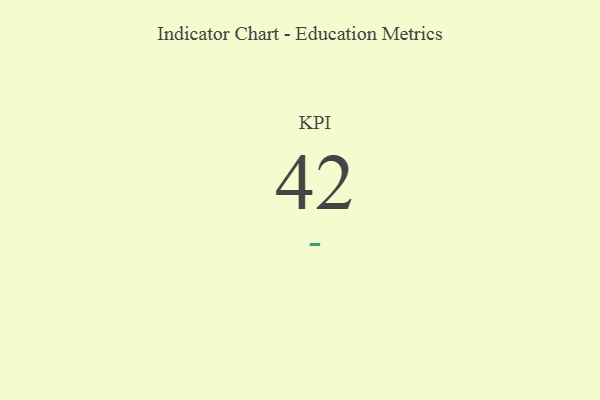
{"axis": {"x": "KPI", "y": "Value"}, "legend": [""], "data": [{"x": "KPI", "y": 42, "type": ""}]}